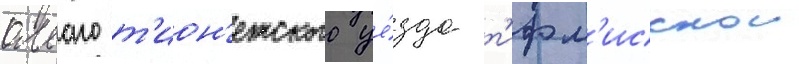
аллаго т'ион'етского уе́зда т'ифл'исскои